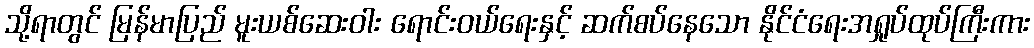
သို့ရာတွင် မြန်မာပြည် မူးယစ်ဆေးဝါး ရောင်းဝယ်ရေးနှင့် ဆက်စပ်နေသော နိုင်ငံရေးအရှုပ်ထုပ်ကြီးကား